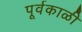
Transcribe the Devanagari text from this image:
पूर्वकाळी